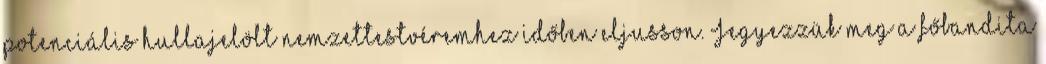
potenciális hullajelölt nemzettestvéremhez időben eljusson. Jegyezzük meg a főbandita